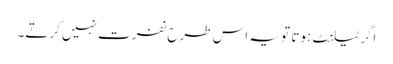
اگر ٹیلنٹ ہوتا تو یہ اس طرح نفرت نہیں کرتے۔